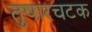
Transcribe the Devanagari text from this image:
तुषारचटक